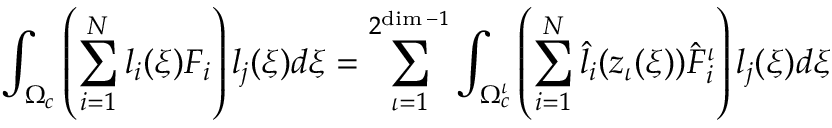
\int _ { \Omega _ { c } } \left( \sum _ { i = 1 } ^ { N } l _ { i } ( \boldsymbol { \xi } ) F _ { i } \right) l _ { j } ( \boldsymbol { \xi } ) d \boldsymbol { \xi } = \sum _ { \iota = 1 } ^ { 2 ^ { \dim - 1 } } \int _ { \Omega _ { c } ^ { \iota } } \left( \sum _ { i = 1 } ^ { N } \hat { l } _ { i } ( \boldsymbol { z } _ { \iota } ( \boldsymbol { \xi } ) ) \hat { F } _ { i } ^ { \iota } \right) l _ { j } ( \boldsymbol { \xi } ) d \boldsymbol { \xi }